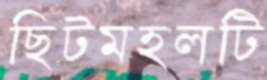
ছিটমহলটি